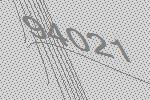
94021